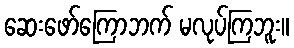
ဆေးဖော်ကြောဘက် မလုပ်ကြဘူး။